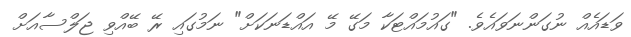
ވަޑައެއް ނުގަންނަވައެވެ. "ގައުމައްޓަކާ މަގޭ މޭ އައްޑަނަކަށް" ނަމުގައި ރޭ ބޭއްވި ޖަލްސާއަށް